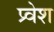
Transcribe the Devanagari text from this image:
प्र्वेश